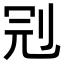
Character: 𠜍